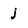
Character: j